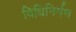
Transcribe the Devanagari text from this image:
विधिनिर्मण